Indian journal of veterinary science and animal husbandry - Volume 12,
Year: 1942
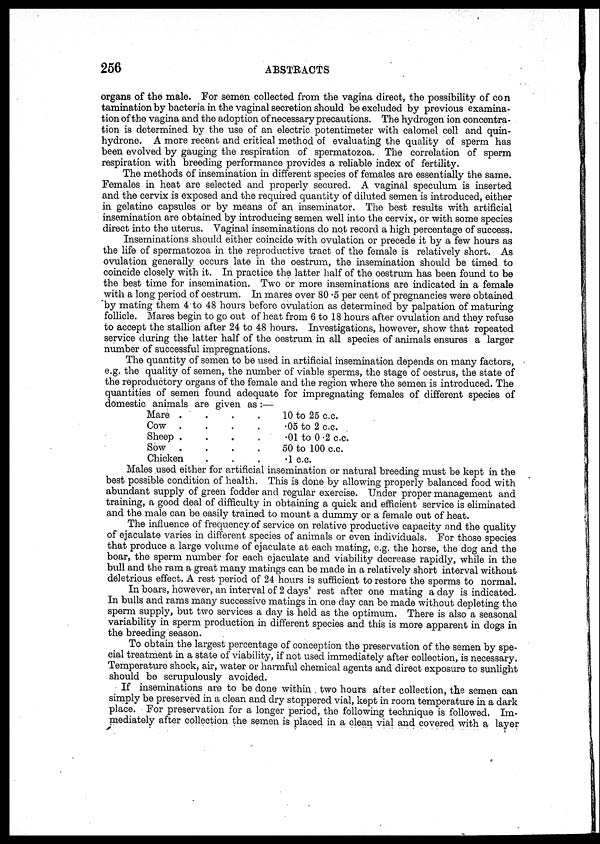
256
ABSTRACTS
organs of the male. For semen collected from the vagina direct, the possibility of con
tamination by bacteria in the vaginal secretion should be excluded by previous examina-
tion of the vagina and the adoption of necessary precautions. The hydrogen ion concentra-
tion is determined by the use of an electric potentimeter with calomel cell and quin¬
hydrone. A more recent and critical method of evaluating the quality of sperm has
been evolved by gauging the respiration of spermatozoa. The correlation of sperm
respiration with breeding performance provides a reliable index of fertility.
The methods of insemination in different species of females are essentially the
same.
and the cervix is exposed and the required quantity of diluted semen is introduced, either
in gelatine capsules or by means of an inseminator. The best results with artificial
insemination are obtained by introducing semen well into the cervix, or with some species
direct into the uterus. Vaginal inseminations do not record a high percentage of success.
Inseminations should either coincide with ovulation or precede it by a few hours as
the life of spermatozoa in the reproductive tract of the female is relatively short. As
ovulation generally occurs late in the oestrum, the insemination should be timed to
coincide closely with it. In practice the latter half of the oestrum has been found to be
the best time for insemination. Two or more inseminations are indicated in a female
with a long period of oestrum. In mares over 80.5 per cent of pregnancies were obtained
by mating them 4 to 48 hours before ovulation as determined by palpation of maturing
follicle. Mares begin to go out of heat from 6 to 18 hours after ovulation and they refuse
to accept the stallion after 24 to 48 hours. Investigations, however, show that repeated
service during the latter half of the oestrum in all species of animals ensures a larger
number of successful impregnations.
The quantity of semen to be used in artificial insemination depends on many factors,
e.g. the quality of semen, the number of viable sperms, the stage of oestrus, the state of
the reproductory organs of the female and the region where the semen is introduced. The
quantities of semen found adequate for impregnating females of different species of
domestic animals are given as :—
Mare . . . .
Cow . . . .
Sheep . . . .
Sow . . . .
Chicken . . .
10 to 25 c.c.
.05 to 2 c.c.
.01 to 0.2 c.c.
50 to 100 c.c.
.1 c.c.
Males used either for artificial insemination or natural breeding must be kept in the
best possible condition of health. This is done by allowing properly balanced food with
abundant supply of green fodder and regular exercise. Under proper management and
training, a good deal of difficulty in obtaining a quick and efficient service is eliminated
and the male can be easily trained to mount a dummy or a female out of heat.
The influence of frequency of service on relative productive capacity and the quality
of ejaculate varies in different species of animals or even individuals. For those species
that produce a large volume of ejaculate at each mating, e.g. the horse, the dog and the
boar, the sperm number for each ejaculate and viability decrease rapidly, while in the
bull and the ram a great many matings can be made in a relatively short interval without
deletrious effect. A rest period of 24 hours is sufficient to restore the sperms to normal.
In boars, however, an interval of 2 days' rest after one mating a day is indicated.
In bulls and rams many successive matings in one day can be made without depleting the
sperm supply, but two services a day is held as the optimum. There is also a seasonal
variability in sperm production in different species and this is more apparent in dogs in
the breeding season.
To obtain the largest percentage of conception the preservation of the semen by spe-
cial treatment in a state of viability, if not used immediately after collection, is necessary.
Temperature shock, air, water or harmful chemical agents and direct exposure to sunlight
should be scrupulously avoided.
If inseminations are to be done within two hours after collection, the semen can
simply be preserved in a clean and dry stoppered vial, kept in room temperature in a dark
place. For preservation for a longer period, the following technique is followed. Im-
mediately after collection the semen is placed in a clean vial and covered with a layer